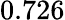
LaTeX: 0.726